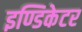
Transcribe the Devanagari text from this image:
इण्डिकेटर